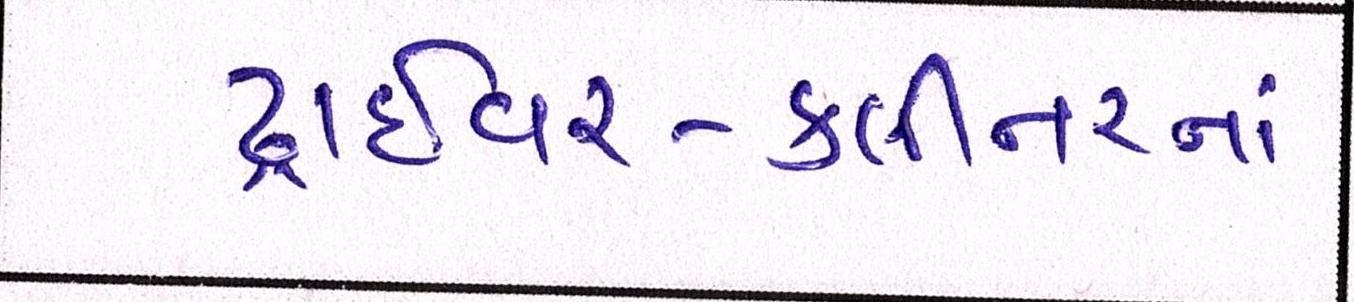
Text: ડ્રાઈવર-ક્લીનરનાં